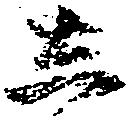
し